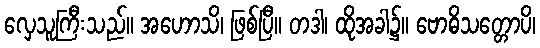
လှေသူကြီးသည်။ အဟောသိ၊ ဖြစ်ပြီ။ တဒါ၊ ထိုအခါ၌။ ဗောဓိသတ္တောပိ၊